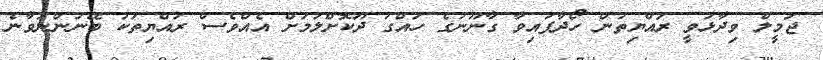
ޖަމީލް ވިދާޅުވީ ރައްޔިތުން ހޯދާފައިވާ ގާނޫނުގެ ހައްގު ދޫކޮށްލުމަށް އެއްވެސް ރައްޔިތަކު ބޭނުންނުވާނެ